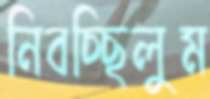
নিবচ্ছিলুম